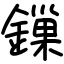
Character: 鏁